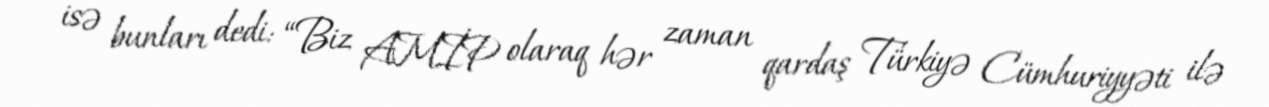
isə bunları dedi: “Biz AMİP olaraq hər zaman qardaş Türkiyə Cümhuriyyəti ilə